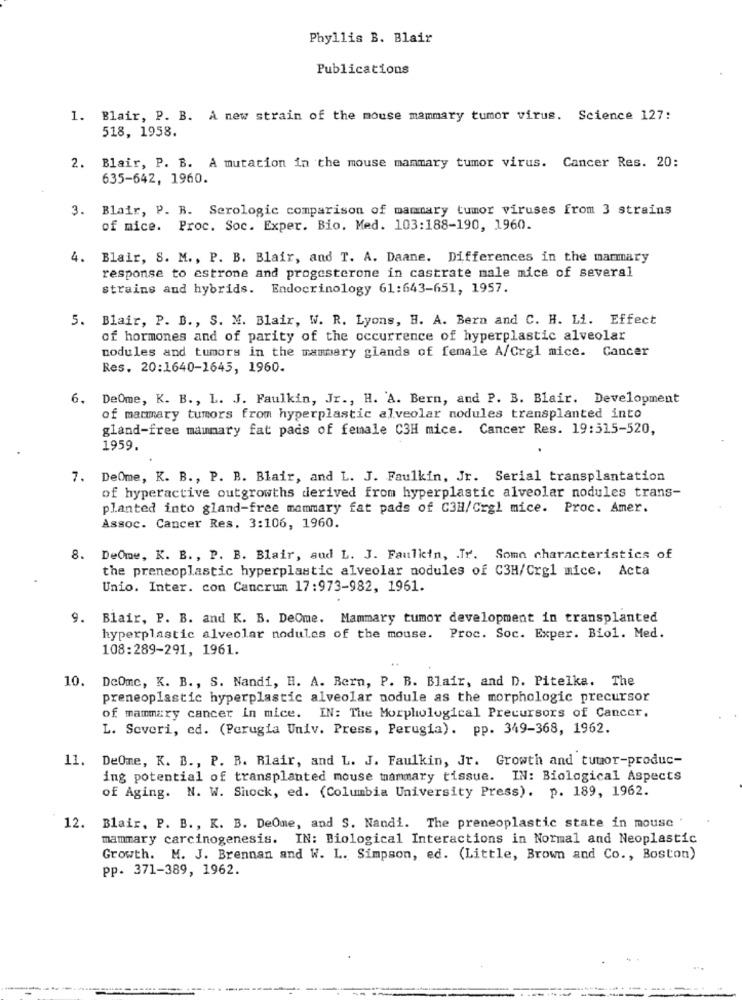
Phyllis B. Blair
Publications
1. Blair, P. B. A new strain of the mouse mammary tumor virus. Science 127:
518, 1958.
2. Blair, P. B. A mutation in the mouse mammary tumor virus. Cancer Res. 20:
635-642, 1960.
3. Blair, P. R. Serologic comparison of mammary tumor viruses from 3 strains
of mice. Proc. Soc. Exper. Bio. Med. 103:188-190, 1960.
4. Blair, S. M ., P. B. Blair, and T. A. Daane. Differences in the mammary
response to estrome and progesterone in castrate male mice of several
strains and hybrids. Endocrinology 61:643-651, 1957.
5. Blair, P. B ., S. M. Blair, W. R. Lyons, H. A. Bern and C. H. Li. Effect
of hormones and of parity of the occurrence of hyperplastic alveolar
nodules and tumors in the mammary glands of female A/Crgl mice. Cancer
Res. 20:1640-1645, 1960.
6. DeOme, K. B ., L. J. Faulkin, Jr ., H. A. Bern, and P. B. Blair. Development
of mammary tumors from hyperplastic alveolar nodules transplanted into
gland-free mammary fat pads of female C3H mice. Cancer Res. 19:515-520,
1959.
7. DeOme, K. B ., P. B. Blair, and L. J. Faulkin, Jr. Serial transplantation
of hyperactive outgrowths derived from hyperplastic alveolar nodules trans-
planted into gland-free mammary fat pads of C3H/Crgl mice. Proc. Amer.
Assoc. Cancer Res. 3:106, 1960.
8. DeOme, K. B ., P. B. Blair, aud L. J. Faulicin, . Tr. Some characteristics of
the preneoplastic hyperplastic alveolar nodules of C3H/Crgl mice. Acta
Unio. Inter. con Cancrum 17:973-982, 1961.
9. Blair, P. B. and K. B. DeOme. Mammary tumor development in transplanted
hyperplastic alveolar nodules of the mouse. Proc. Soc. Exper. Biol. Med.
108:289-291, 1961.
10. DeOme, K. B ., S. Nandi, H. A. Bern, P. B. Blair, and D. Pitelka. The
preneoplastic hyperplastic alveolar nodule as the morphologic precursor
of mammary cancer in mice. IN: The Morphological Precursors of Cancer.
L. Severi, ed. (Perugia Univ. Press, Perugia). pp. 349-368, 1962.
11. DeOme, K. B ., P. B. Rlair, and L. J. Faulkin, Jr. Growth and tumor-produc-
ing potential of transplanted mouse mammary tissue. IN: Biological Aspects
of Aging. N. W. Shock, ed. (Columbia University Press). p. 189, 1962.
12. Blair, P. B ., K. B. DeOme, and S. Nandi. The preneoplastic state in mouse '
mammary carcinogenesis. IN: Biological Interactions in Normal and Neoplastic
Growth. M. J. Brennan and W. L. Simpson, ed. (Little, Brown and Co ., Boston)
pp. 371-389, 1962.
----